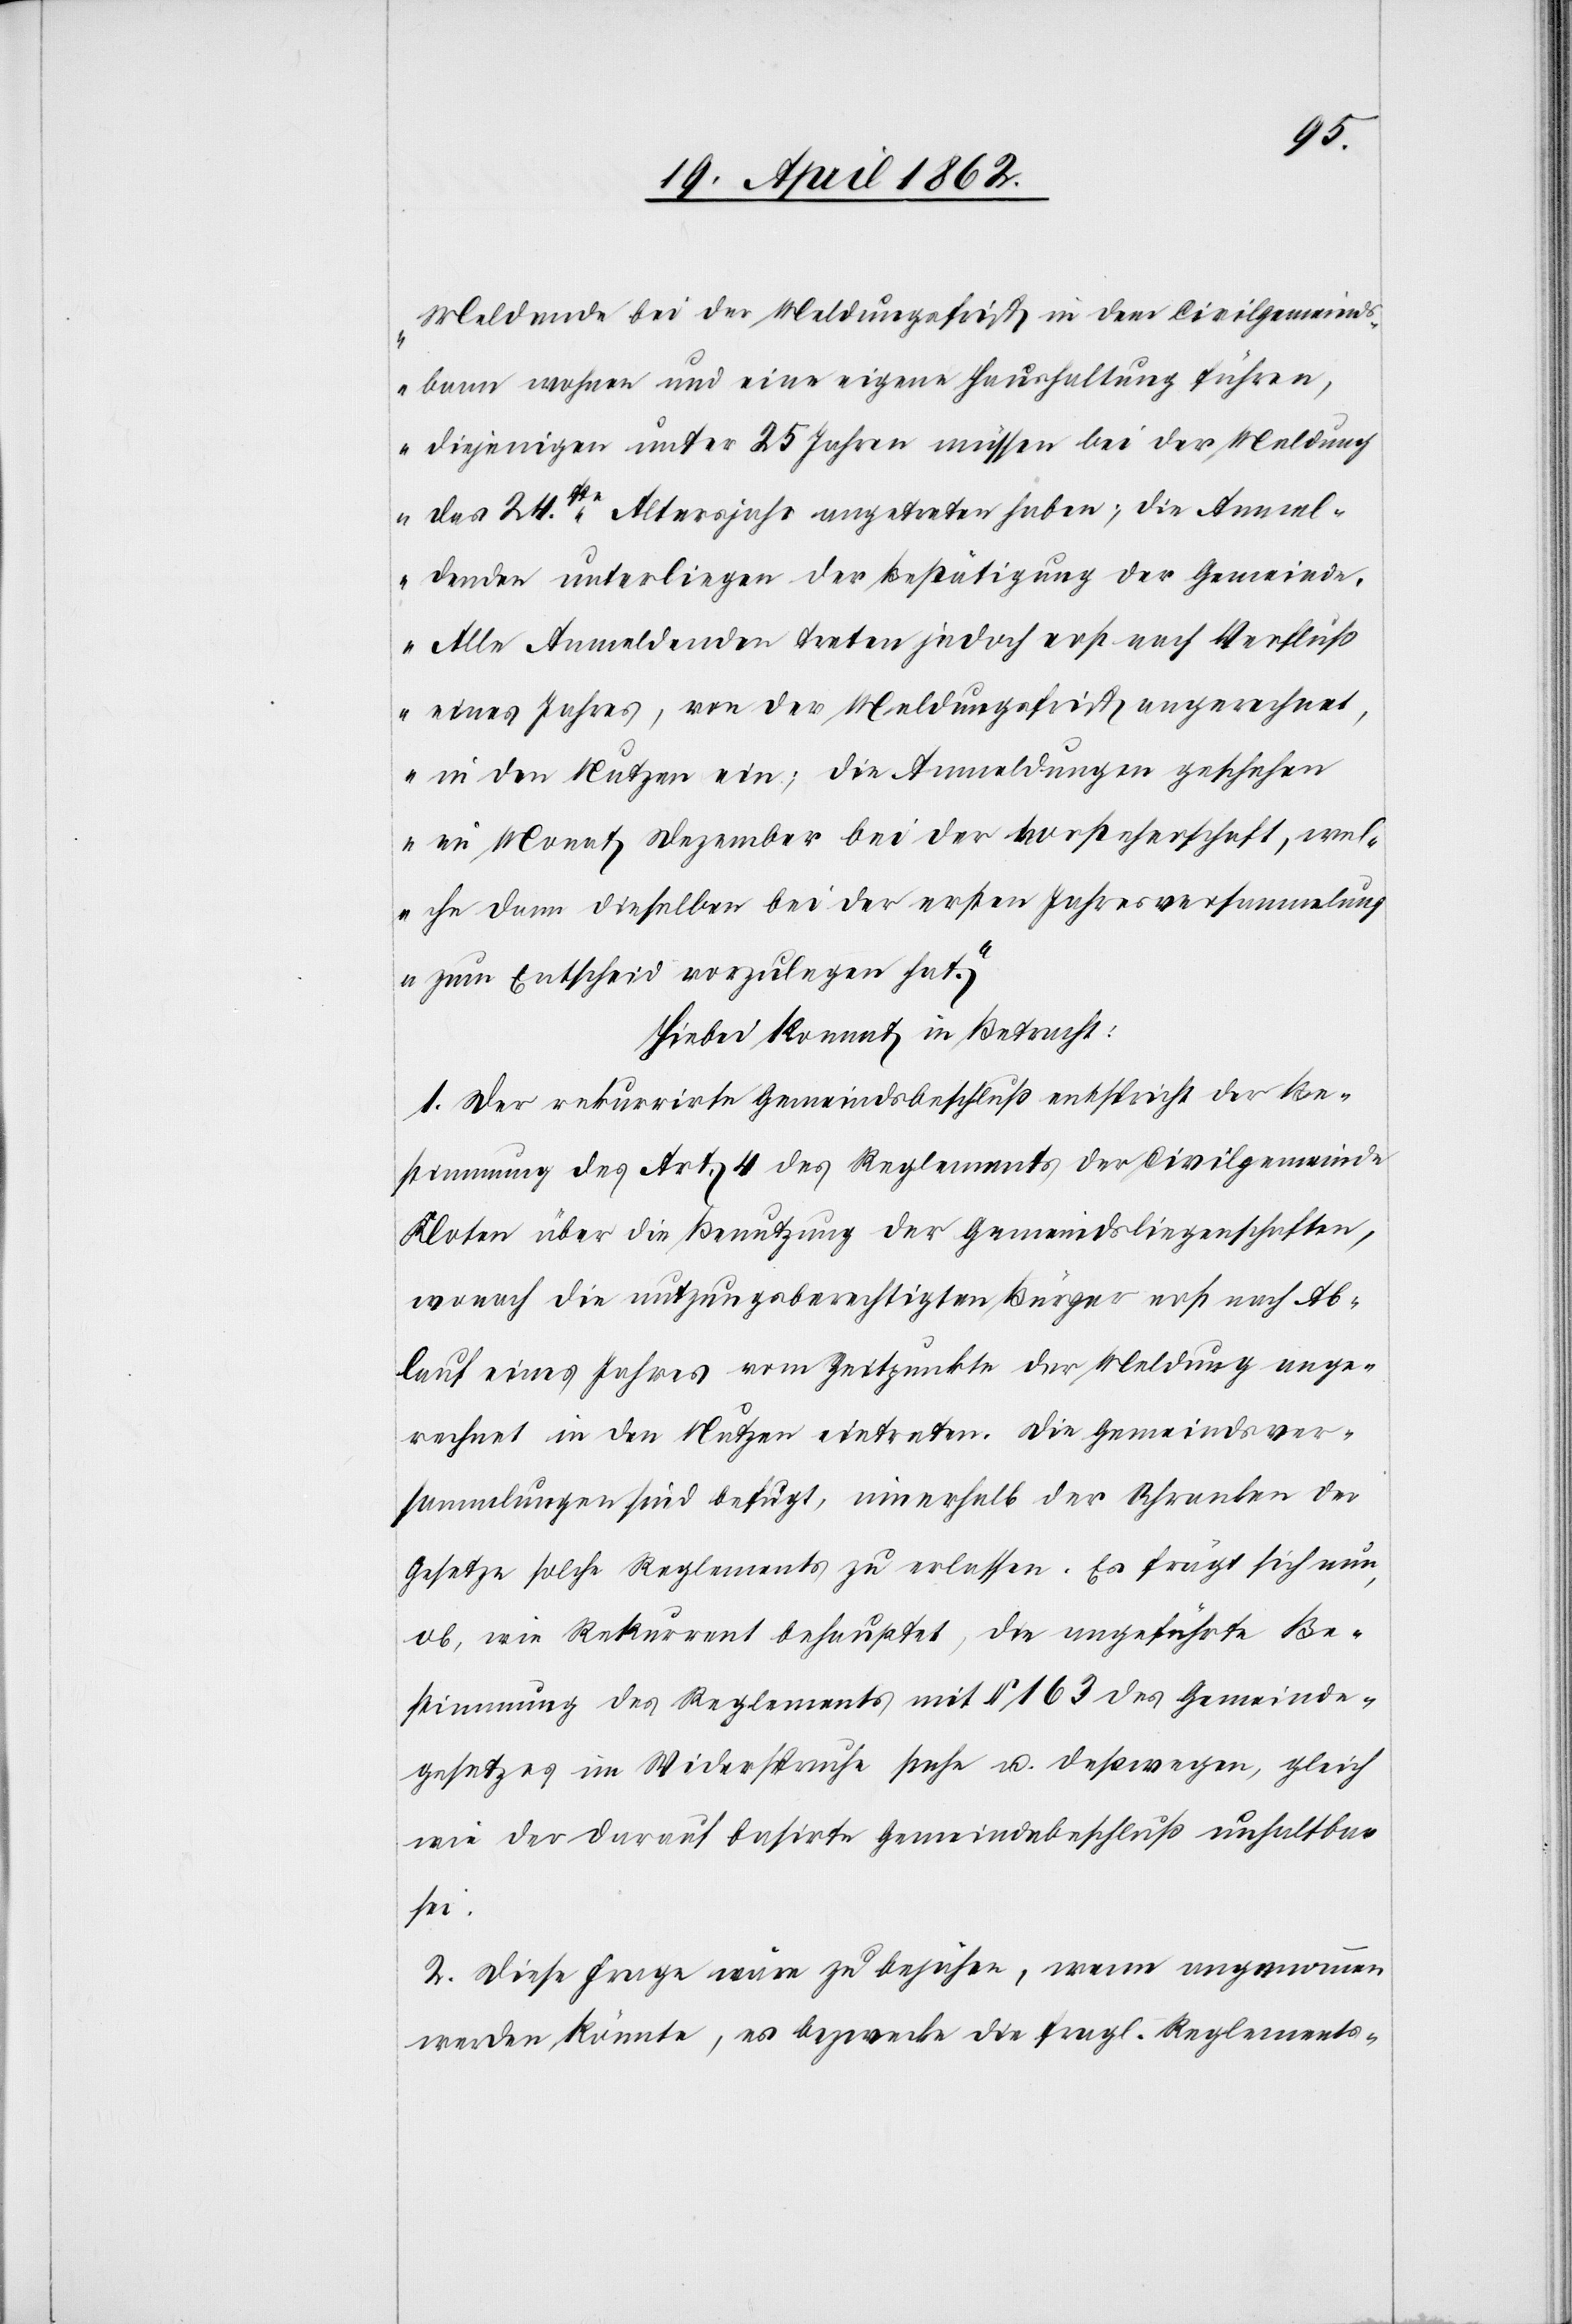
Meldende bei der Waldungsfrist in dem Civilgemeinds¬
bann wohnen und eine eigene Haushaltung führen,
diejenigen unter 25 Jahren müssen bei der Meldung
das 24ste Altersjahr angetreten haben; die Anmel¬
denden unterliegen der Bestätigung der Gemeinde.
Alle Anmeldenden treten jedoch erst nach Verlust
eines Jahres, von der Meldungsfrist angerechnet,
in den Nutzen ein; die Anmeldungen geschehen
im Monat Dezember bei der Vorsteherschaft, wel¬
che dann dieselben bei der ersten Jahresversammlun¬
g zum Entscheid vorzulegen hat.“
Hiebei kommt in Betracht:
1. Der rekurrirte Gemeindsbeschluß entspricht der Be¬
stimmung des Art. 4 des Reglements der Civilgemeinde
Kloten über die Benutzung der Gemeindsliegenschaften,
wonach die nutzungsberechtigten Bürger erst nach Ab¬
lauf eines Jahres vom Zeitpunkte der Meldung ange¬
rechnet in den Nutzen eintreten. Die Gemeindsver¬
sammlungen sind befugt, innerhalb der Schranken der
Gesetze solche Reglements zu erlassen. Es frägt sich nun,
ob, wie Rekurrent behauptet, die angeführte Be¬
stimmung des Reglements mit § 163 des Gemeinde¬
gesetzes im Widerspruche stehe u. deßwegen, gleich
wie der darauf basirte Gemeindebeschluß unhaltbar
sei.
2. Diese Frage wäre zu bejähen [sic!], wenn angenommen
werden könnte, es bezwecke die fragl. Reglements-